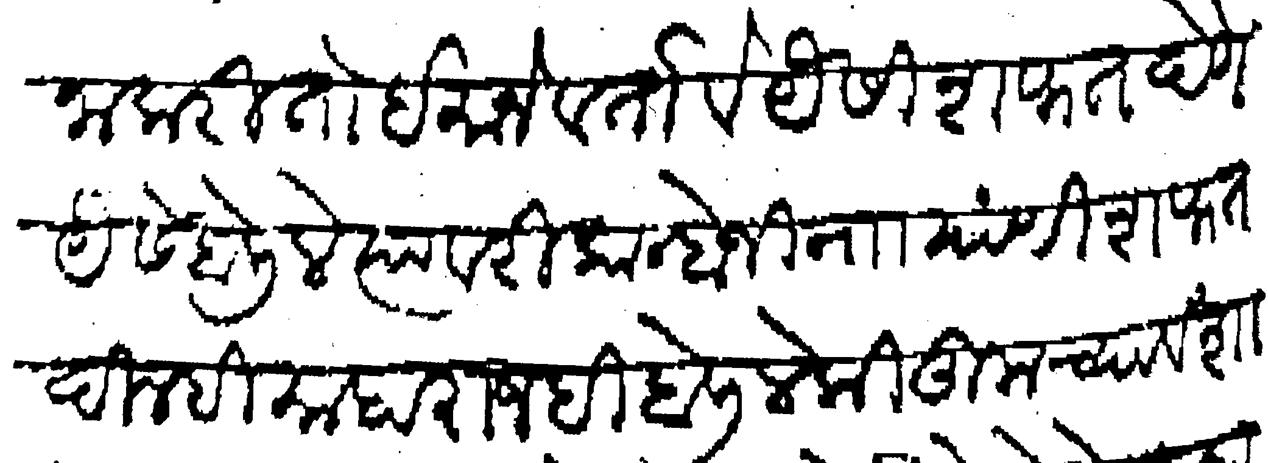
Transliteration (Devanagari): खाना करितो ईमाने वर्तावे यैसी शफत देणे यैसे बोलिले त्यावरी कान्होजी नाा यांणी शफत दिल्ही माहाराजनी बोलिले की तुमच्या वंशा